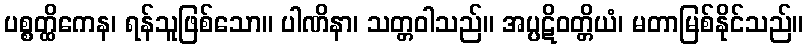
ပစ္စတ္ထိကေန၊ ရန်သူဖြစ်သော။ ပါဏိနာ၊ သတ္တဝါသည်။ အပ္ပဋိဝတ္တိယံ၊ မတာမြစ်နိုင်သည်။